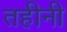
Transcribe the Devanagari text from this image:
तहीनी